Report on vaccination in the Province of Bengal - 1874-1889
Year: 1874
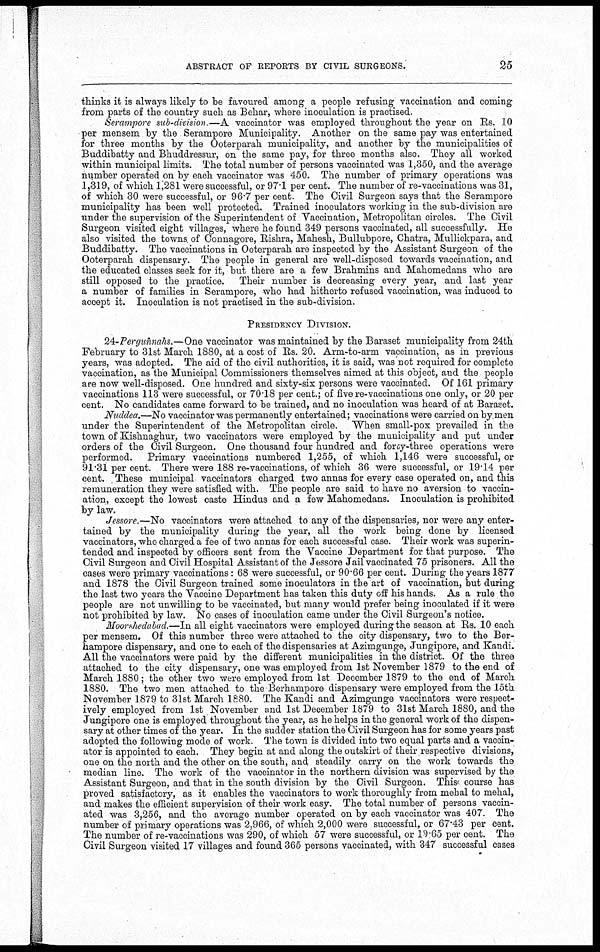
ABSTRACT OF REPORTS BY CIVIL SURGEONS.
25
thinks it is always likely to be favoured among a people refusing vaccination and coming
from parts of the country such as Behar, where inoculation is practised.
Serampore sub-division.—A vaccinator was employed throughout the year on Rs. 10
per mensem by the Serampore Municipality. Another on the same pay was entertained
for three months by the Ooterparah municipality, and another by the municipalities of
Buddibatty and Bhuddressur, on the same pay, for three months also. They all worked
within municipal limits. The total number of persons vaccinated was 1,350, and the average
number operated on by each vaccinator was 450. The number of primary operations was
1,319, of which 1,281 were successful, or 97.1 per cent. The number of re-vaccinations was 31,
of which 30 were successful, or 96.7 per cent. The Civil Surgeon says that the Serampore
municipality has been well protected. Trained inoculators working in the sub-division are
under the supervision of the Superintendent of Vaccination, Metropolitan circles. The Civil
Surgeon visited eight villages, where he found 349 persons vaccinated, all successfully. He
also visited the towns of Connagore, Rishra, Mahesh, Bullubpore, Chatra, Mullickpara, and
Buddibatty. The vaccinations in Ooterparah are inspected by the Assistant Surgeon of the
Ooterparah dispensary. The people in general are well-disposed towards vaccination, and
the educated classes seek for it, but there are a few Brahmins and Mahomedans who are
still opposed to the practice. Their number is decreasing every year, and last year
a number of families in Serampore, who had hitherto refused vaccination, was induced to
accept it. Inoculation is not practised in the sub-division.
PRESIDENCY DIVISION.
24-Pergunnahs.—One vaccinator was maintained by the Baraset municipality from 24th
February to 31st March 1880, at a cost of Rs. 20. Arm-to-arm vaccination, as in previous
years, was adopted. The aid of the civil authorities, it is said, was not required for complete
vaccination, as the Municipal Commissioners themselves aimed at this object, and the people
are now well-disposed. One hundred and sixty-six persons were vaccinated. Of 161 primary
vaccinations 113 were successful, or 70.18 per cent.; of five re-vaccinations one only, or 20 per
cent. No candidates came forward to be trained, and no inoculation was heard of at Baraset.
Nuddea.—No vaccinator was permanently entertained; vaccinations were carried on by men
under the Superintendent of the Metropolitan circle. When small-pox prevailed in the
town of Kishnaghur, two vaccinators were employed by the municipality and put under
orders of the Civil Surgeon. One thousand four hundred and forty-three operations were
performed.
Primary vaccinations numbered 1,255, of which 1,146 were successful, or
91.31 per cent. There were 188 re-vaccinations, of which 36 were successful, or 19.14 per
cent. These municipal vaccinators charged two annas for every case operated on, and this
remuneration they were satisfied with. The people are said to have no aversion to vaccin-
ation, except the lowest caste Hindus and a few Mahomedans. Inoculation is prohibited
by law.
Jessore.—No vaccinators were attached to any of the dispensaries, nor were any enter-
tained by the municipality during the year, all the work being done by licensed
vaccinators, who charged a fee of two annas for each successful case. Their work was superin-
tended and inspected by officers sent from the Vaccine Department for that purpose. The
Civil Surgeon and Civil Hospital Assistant of the Jessore Jail vaccinated 75 prisoners. All the
cases were primary vaccinations: 68 were successful, or 90.66 per cent. During the years 1877
and 1878 the Civil Surgeon trained some inoculators in the art of vaccination, but during
the last two years the Vaccine Department has taken this duty off his hands. As a rule the
people are not unwilling to be vaccinated, but many would prefer being inoculated if it were
not prohibited by law. No cases of inoculation came under the Civil Surgeon's notice.
Moorshedabad.—In all eight vaccinators were employed during the season at Rs. 10 each
per mensem. Of this number three were attached to the city dispensary, two to the Ber-
hampore dispensary, and one to each of the dispensaries at Azimgunge, Jungipore, and Kandi.
All the vaccinators were paid by the different municipalities in the district. Of the three
attached to the city dispensary, one was employed from 1st November 1879 to the end of
March 1880; the other two were employed from 1st December 1879 to the end of March
1880. The two men attached to the Berhampore dispensary were employed from the 15th
November 1879 to 31st March 1880. The Kandi and Azimgunge vaccinators were respect-
ively employed from 1st November and 1st December 1879 to 31st March 1880, and the
Jungipore one is employed throughout the year, as he helps in the general work of the dispen-
sary at other times of the year. In the sudder station the Civil Surgeon has for some years past
adopted the following mode of work. The town is divided into two equal parts and a vaccin-
ator is appointed to each. They begin at and along the outskirt of their respective divisions,
one on the north and the other on the south, and steadily carry on the work towards the
median line. The work of the vaccinator in the northern division was supervised by the
Assistant Surgeon, and that in the south division by the Civil Surgeon. This course has
proved satisfactory, as it enables the vaccinators to work thoroughly from mehal to mehal,
and makes the efficient supervision of their work easy. The total number of persons vaccin-
ated was 3,256, and the average number operated on by each vaccinator was 407. The
number of primary operations was 2,966, of which 2,000 were successful, or 67.43 per cent.
The number of re-vaccinations was 290, of which 57 were successful, or 19.65 per cent. The
Civil Surgeon visited 17 villages and found 365 persons vaccinated, with 347 successful cases